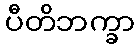
ပီတိဘက္ခာ